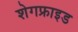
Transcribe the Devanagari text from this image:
शेगफ्राइड